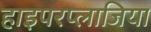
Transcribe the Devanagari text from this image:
हाइपरप्लाजिया